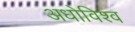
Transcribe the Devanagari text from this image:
अधोविश्व